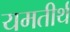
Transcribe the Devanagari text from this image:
यमतीर्थ